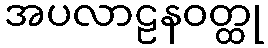
အပလာဠနဝတ္ထု